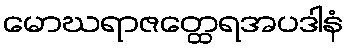
မောဃရာဇတ္ထေရအပဒါနံ